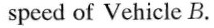
speed of Vehicle B.